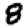
Digit: 8